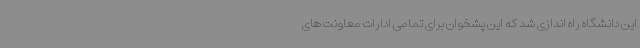
این دانشگاه راه اندازی شد که این پشخوان برای تمامی ادارات معاونت های